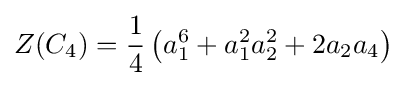
Z(C_{4})={\frac {1}{4}}\left(a_{1}^{6}+a_{1}^{2}a_{2}^{2}+2a_{2}a_{4}\right)